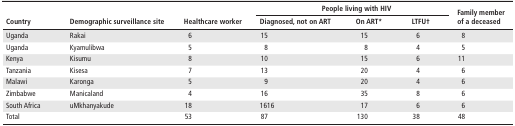
| <ROWSPAN=2> Country | <ROWSPAN=2> Demographic surveillance site | <ROWSPAN=2> Healthcare worker | <COLSPAN=3> People living with HIV | <ROWSPAN=2> Family member of a deceased |
 | Diagnosed, not on ART | On ART* | LTFU† |
 | --- | --- | --- | --- | --- | --- | --- |
 | Uganda | Rakai | 6 | 15 | 15 | 6 | 8 |
 | Uganda | Kyamulibwa | 5 | 8 | 8 | 4 | 5 |
 | Kenya | Kisumu | 8 | 10 | 15 | 6 | 11 |
 | Tanzania | Kisesa | 7 | 13 | 20 | 4 | 6 |
 | Malawi | Karonga | 5 | 9 | 20 | 4 | 6 |
 | Zimbabwe | Manicaland | 4 | 16 | 35 | 8 | 6 |
 | South Africa | uMkhanyakude | 18 | 1616 | 17 | 6 | 6 |
 | <COLSPAN=2> Total | 53 | 87 | 130 | 38 | 48 |